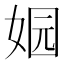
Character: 𮱄